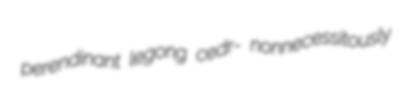
perendinant legong cedr- nonnecessitously